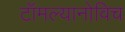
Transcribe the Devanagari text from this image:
टॉमल्यानोविच